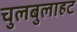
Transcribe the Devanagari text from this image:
चुलबुलाहट